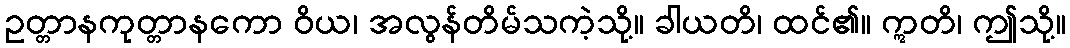
ဥတ္တာနကုတ္တာနကော ဝိယ၊ အလွန်တိမ်သကဲ့သို့။ ခါယတိ၊ ထင်၏။ ဣတိ၊ ဤသို့။